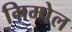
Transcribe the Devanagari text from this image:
गिम्पेल